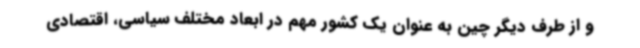
و از طرف دیگر چین به عنوان یک کشور مهم در ابعاد مختلف سیاسی، اقتصادی